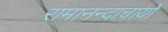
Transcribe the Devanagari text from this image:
रामानन्दाचार्यों